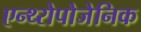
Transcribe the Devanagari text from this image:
एन्थ्‍रोपोजेनिक